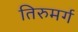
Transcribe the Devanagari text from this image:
तिरुमर्ग